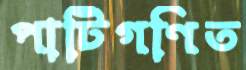
পাটিগণিত